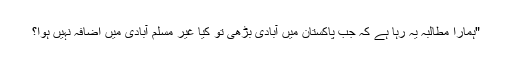
"ہمارا مطالبہ یہ رہا ہے کہ جب پاکستان میں آبادی بڑھی تو کیا غیر مسلم آبادی میں اضافہ نہیں ہوا؟